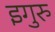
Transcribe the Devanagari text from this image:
इगुरु